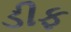
ડીફ